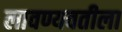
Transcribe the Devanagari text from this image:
लावण्यवतीला